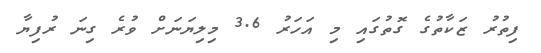
ފިތުރު ޒަކާތުގެ ގޮތުގައި މި އަހަރު 3.6 މިލިޔަނަށް ވުރެ ގިނަ ރުފިޔާ